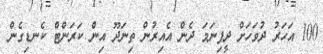
100 އަހަރު ދުވަހަށް ދީފިނަމަ ދެން އެއިރުން ތިނަދޫ އިން ކަރަންޓް ކެނޑިގެން